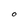
Character: O